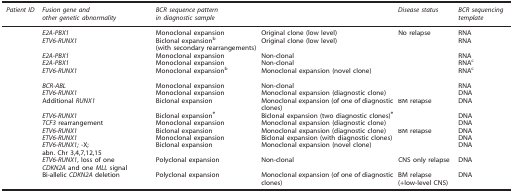
<table><thead><tr><td><b><i>Patient ID</i></b></td><td><b><i>Fusion gene and other genetic abnormality</i></b></td><td><b><i>BCR sequence pattern in diagnostic sample</i></b></td><td>[EMPTY_CELL]</td><td><b><i>Disease status</i></b></td><td><b><i>BCR sequencing template</i></b></td></tr></thead><tbody><tr><td>[EMPTY_CELL]</td><td><i>E2A-PBX1</i></td><td>Monoclonal expansion</td><td>Original clone (low level)</td><td>No relapse</td><td>RNA</td></tr><tr><td>[EMPTY_CELL]</td><td><i>ETV6-RUNX1</i></td><td>Biclonal expansionb (with secondary rearrangements)</td><td>Original clone (low level)</td><td>[EMPTY_CELL]</td><td>RNA</td></tr><tr><td>[EMPTY_CELL]</td><td><i>E2A-PBX1</i></td><td>Monoclonal expansion</td><td>Non-clonal</td><td>[EMPTY_CELL]</td><td>RNA</td></tr><tr><td>[EMPTY_CELL]</td><td><i>E2A-PBX1</i></td><td>Monoclonal expansion</td><td>Non-clonal</td><td>[EMPTY_CELL]</td><td>RNAc</td></tr><tr><td>[EMPTY_CELL]</td><td><i>ETV6-RUNX1</i></td><td>Monoclonal expansionb</td><td>Monoclonal expansion (novel clone)</td><td>[EMPTY_CELL]</td><td>RNAc</td></tr><tr><td>[EMPTY_CELL]</td><td><i>BCR-ABL</i></td><td>Monoclonal expansion</td><td>Non-clonal</td><td>[EMPTY_CELL]</td><td>RNA</td></tr><tr><td>[EMPTY_CELL]</td><td><i>ETV6-RUNX1</i></td><td>Monoclonal expansion</td><td>Monoclonal expansion (diagnostic clone)</td><td>[EMPTY_CELL]</td><td>DNA</td></tr><tr><td>[EMPTY_CELL]</td><td>Additional <i>RUNX1</i></td><td>Biclonal expansion</td><td>Monoclonal expansion (of one of diagnostic clones)</td><td>BM relapse</td><td>DNA</td></tr><tr><td>[EMPTY_CELL]</td><td><i>ETV6-RUNX1</i></td><td>Biclonal expansione</td><td>Biclonal expansion (two diagnostic clones)e</td><td>[EMPTY_CELL]</td><td>DNA</td></tr><tr><td>[EMPTY_CELL]</td><td><i>TCF3</i> rearrangement</td><td>Monoclonal expansion</td><td>Monoclonal expansion (diagnostic clone)</td><td>[EMPTY_CELL]</td><td>DNA</td></tr><tr><td>[EMPTY_CELL]</td><td><i>ETV6-RUNX1</i></td><td>Biclonal expansion</td><td>Monoclonal expansion (diagnostic clone)</td><td>BM relapse</td><td>DNA</td></tr><tr><td>[EMPTY_CELL]</td><td><i>ETV6-RUNX1</i></td><td>Monoclonal expansion</td><td>Biclonal expansion (with diagnostic clones)</td><td>[EMPTY_CELL]</td><td>DNA</td></tr><tr><td>[EMPTY_CELL]</td><td><i>ETV6-RUNX1;</i> -X; abn. Chr 3,4,7,12,15</td><td>Biclonal expansion</td><td>Monoclonal expansion (novel clone)</td><td>[EMPTY_CELL]</td><td>DNA</td></tr><tr><td>[EMPTY_CELL]</td><td><i>ETV6-RUNX1</i>, loss of one <i>CDKN2A</i> and one <i>MLL</i> signal</td><td>Polyclonal expansion</td><td>Non-clonal</td><td>CNS only relapse</td><td>DNA</td></tr><tr><td>[EMPTY_CELL]</td><td>Bi-allelic <i>CDKN2A</i> deletion</td><td>Polyclonal expansion</td><td>Monoclonal expansion (of one of diagnostic clones)</td><td>BM relapse (+low-level CNS)</td><td>DNA</td></tr></tbody></table>